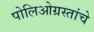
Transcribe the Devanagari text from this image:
पोलिओग्रस्तांचे